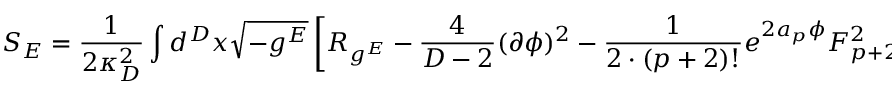
S _ { E } = { \frac { 1 } { 2 \kappa _ { D } ^ { 2 } } } \int d ^ { D } x \sqrt { - g ^ { E } } \left[ { \cal R } _ { g ^ { E } } - { \frac { 4 } { D - 2 } } ( \partial \phi ) ^ { 2 } - { \frac { 1 } { 2 \cdot ( p + 2 ) ! } } e ^ { 2 a _ { p } \phi } F _ { p + 2 } ^ { 2 } - { \frac { 1 } { 2 \cdot D ! } } e ^ { 2 a \phi } F _ { D } ^ { 2 } \right] ,